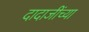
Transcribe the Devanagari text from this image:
दादाजींच्या